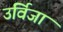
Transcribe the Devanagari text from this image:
उर्विजा